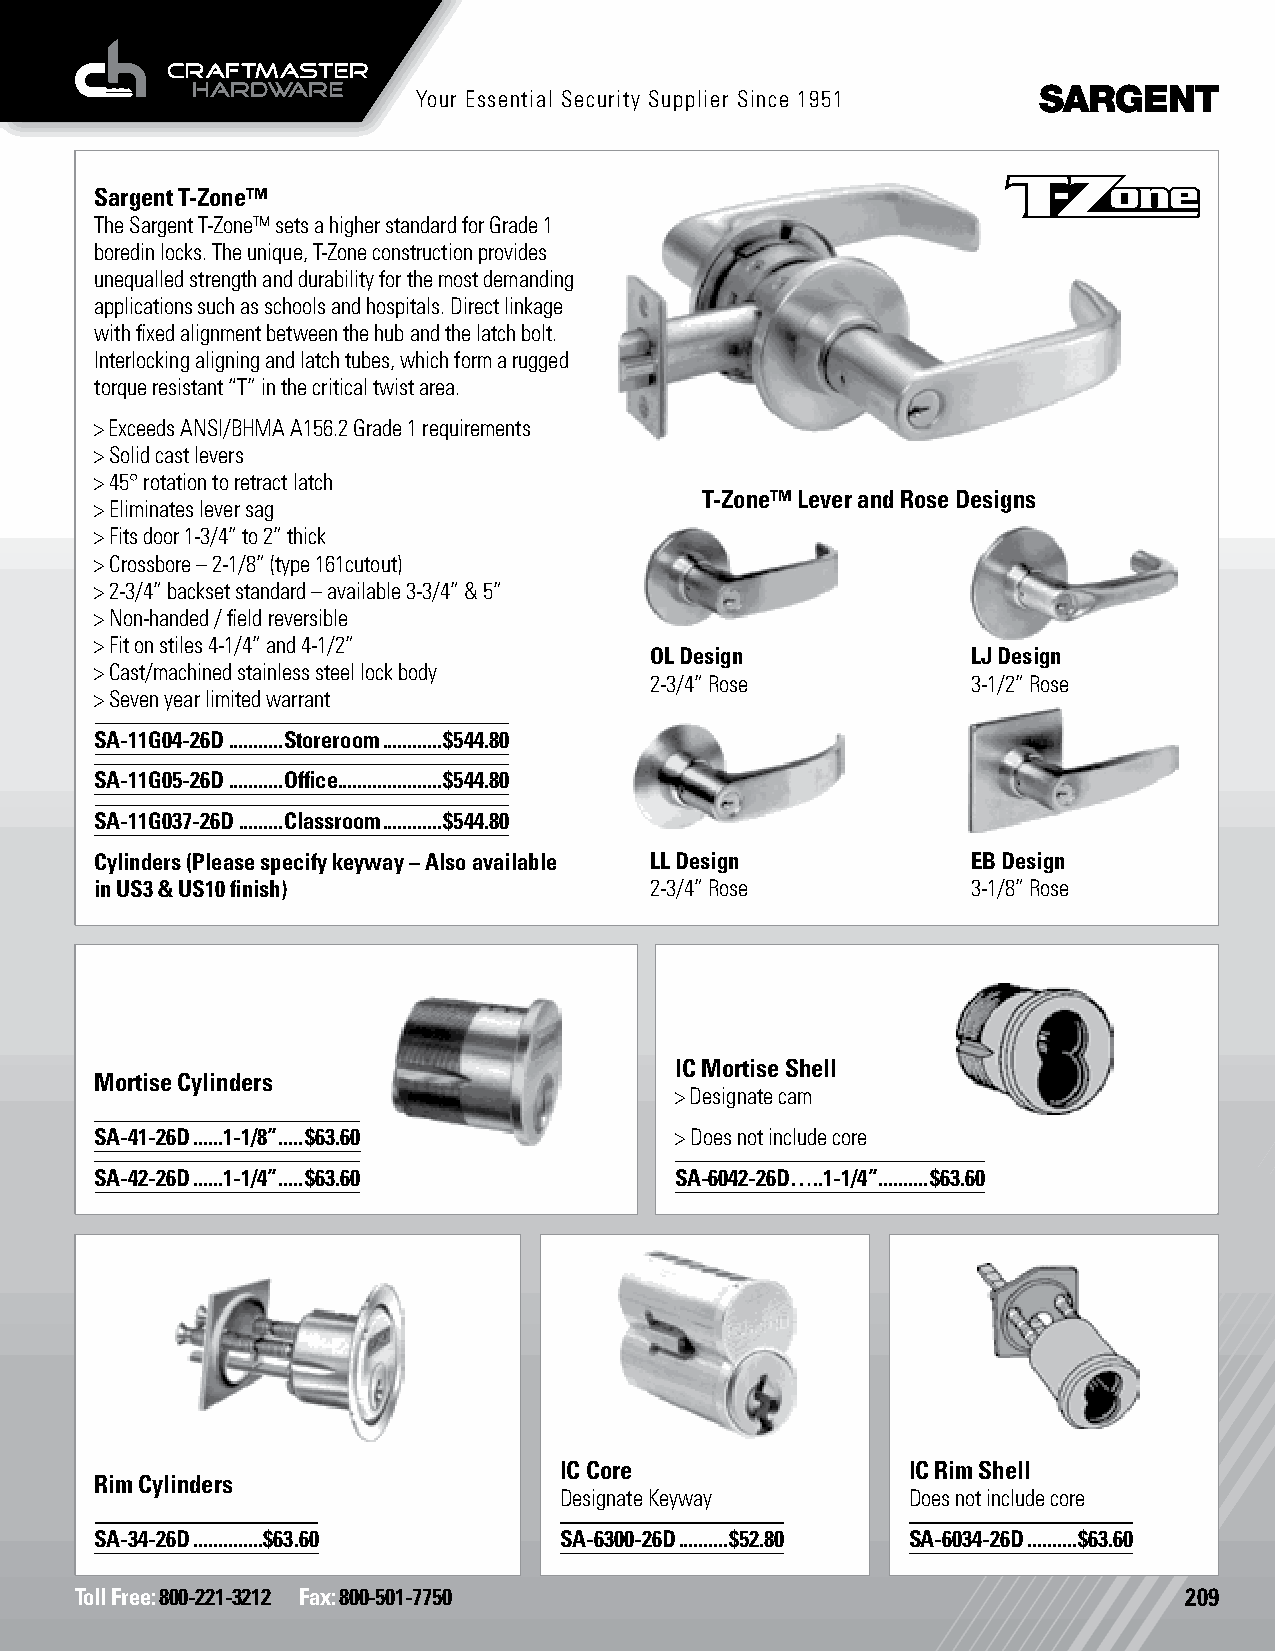
Your Essential Security Supplier Since 1951
 Sargent T-Zone™ Hospital Latch
 The Sargent T-Zone™ sets a higher standard for Grade 1
 boredin locks. The unique, T-Zone construction provides
 unequalled strength and durability for the most demanding
 applications such as schools and hospitals. Direct linkage
 with fixed alignment between the hub and the latch bolt.
 Interlocking aligning and latch tubes, which form a rugged
 torque resistant “T” in the critical twist area.
 > Exceeds ANSI/BHMA A156.2 Grade 1 requirements
 > Solid cast levers
 > 45° rotation to retract latch
 T-Zone™ Lever and Rose Designs
 > Eliminates lever sag
 > Fits door 1-3/4” to 2” thick
 > Crossbore – 2-1/8” (type 161cutout)
 > 2-3/4” backset standard – available 3-3/4” & 5”
 > Non-handed / field reversible
 > Fit on stiles 4-1/4” and 4-1/2”
 OL Design            LJ Design
 > Cast/machined stainless steel lock body
 2-3/4” Rose          3-1/2” Rose
 > Seven year limited warrant
 SA-11G04-26D ...........Storeroom ............$544.80
 SA-11G05-26D ...........Office.....................$544.80
 SA-11G037-26D .........Classroom ............$544.80
 Cylinders (Please specify keyway – Also available LL Design EB Design
 in US3 & US10 finish)                2-3/4” Rose          3-1/8” Rose
 IC Mortise Shell
 Mortise Cylinders
 > Designate cam
 SA-41-26D ......1-1/8” .....$63.60     > Does not include core
 SA-42-26D ......1-1/4” .....$63.60     SA-6042-26D…..1-1/4” ..........$63.60
 IC Core                IC Rim Shell
 Rim Cylinders
 Designate Keyway       Does not include core
 SA-34-26D ..............$63.60 SA-6300-26D ..........$52.80 SA-6034-26D ..........$63.60
 Toll Free: 800-221-3212 Fax: 800-501-7750                                209